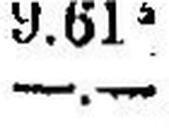
—.—